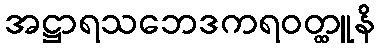
အဋ္ဌာရသဘေဒကရဝတ္ထူနိ